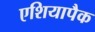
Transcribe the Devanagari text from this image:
एशियापैक